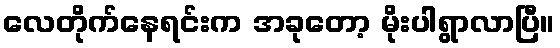
လေတိုက်နေရင်းက အခုတော့ မိုးပါရွာလာပြီ။